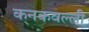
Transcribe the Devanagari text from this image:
कनकवल्ली